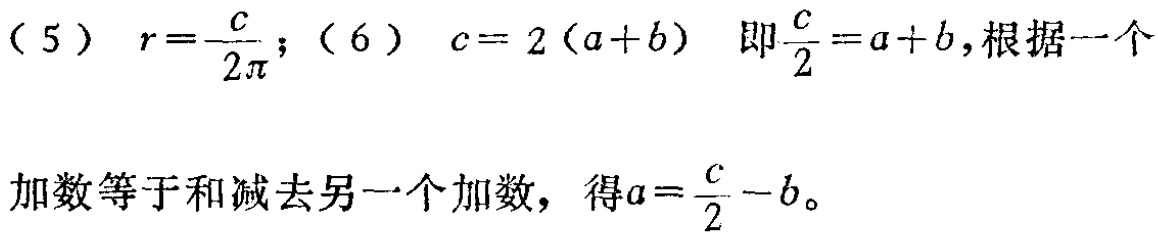
（5）\(r = \frac{c}{2\pi}\)；（6）\(c = 2(a + b)\) 即\(\frac{c}{2}=a + b\)，根据一个加数等于和减去另一个加数，得\(a=\frac{c}{2}-b\)。